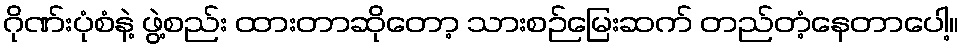
ဂိုဏ်းပုံစံနဲ့ ဖွဲ့စည်း ထားတာဆိုတော့ သားစဉ်မြေးဆက် တည်တံ့နေတာပေါ့။